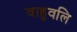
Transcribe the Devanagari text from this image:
वाहुवलि